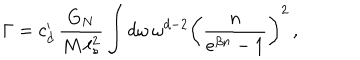
\Gamma = c _ { d } ^ { \prime } \, \frac { G _ { N } } { M \, \ell _ { s } ^ { 2 } } \int d \omega \, \omega ^ { d - 2 } \left( \frac { n } { e ^ { \beta n } - 1 } \right) ^ { 2 } \, ,